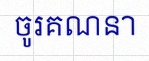
ចូរគណនា